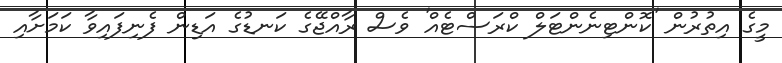
މީގެ އިތުރުން 'ކޮންޓިނެންޓަލް ކްރަސްޓެއް' ވެސް ރާއްޖޭގެ ކަނޑުގެ އަޑިން ފެނިފައިވާ ކަމަށާއި